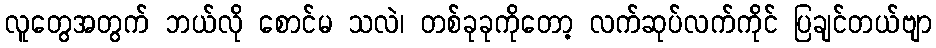
လူတွေအတွက် ဘယ်လို စောင်မ သလဲ၊ တစ်ခုခုကိုတော့ လက်ဆုပ်လက်ကိုင် ပြချင်တယ်ဗျာ